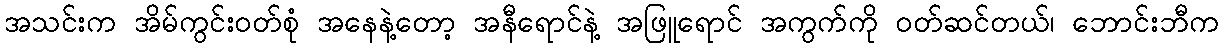
အသင်းက အိမ်ကွင်းဝတ်စုံ အနေနဲ့တော့ အနီရောင်နဲ့ အဖြူရောင် အကွက်ကို ဝတ်ဆင်တယ်၊ ဘောင်းဘီက